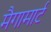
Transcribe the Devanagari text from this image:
मैगामार्ट